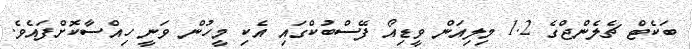
ބަކެޓް ޗެލެންޖްގެ 1.2 މިލިއަން ވީޑިއޯ ފޭސްބުކްގައި އެކި މީހުން ވަނީ ހިއްސާކޮށްފައެވެ.